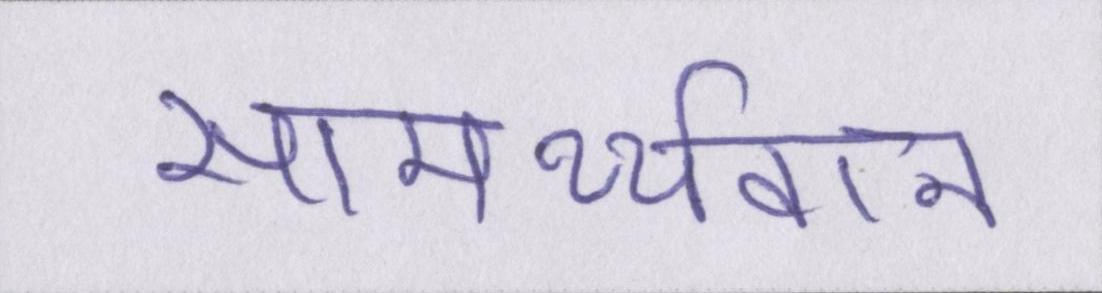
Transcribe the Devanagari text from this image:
सामर्थ्यवान